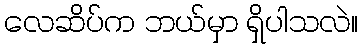
လေဆိပ်က ဘယ်မှာ ရှိပါသလဲ။